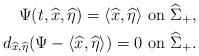
LaTeX: \begin{align*}\mbox{$\Psi(t,\widehat x,\widehat \eta)=\langle\widehat x,\widehat \eta\rangle$ on $\widehat\Sigma_+$},\\\mbox{$d_{\widehat x,\widehat\eta}(\Psi-\langle\widehat x,\widehat\eta\rangle)=0$ on $\widehat\Sigma_+$}.\end{align*}